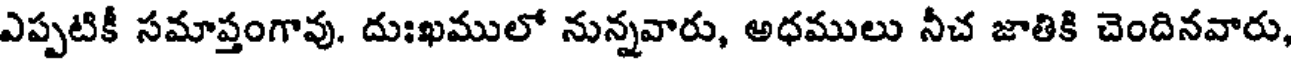
ఎప్పటికీ సమాప్తంగావు. దుఃఖములో నున్నవారు, అధములు నీచ జాతికి చెందినవారు,